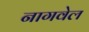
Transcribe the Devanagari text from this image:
नागवेल